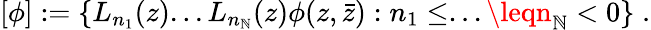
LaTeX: \lbrack\phi]:=\{ L_{n_{1}}(z)...L_{n_{\mathbb{N}}}(z)\phi(z,\bar{{z}}):n_{1}\leq...\leqn_{\mathbb{N}}<0\} \; .